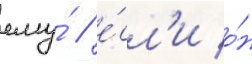
ему́ / е́сл'и о́н